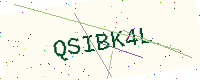
Text: QSIBK4L